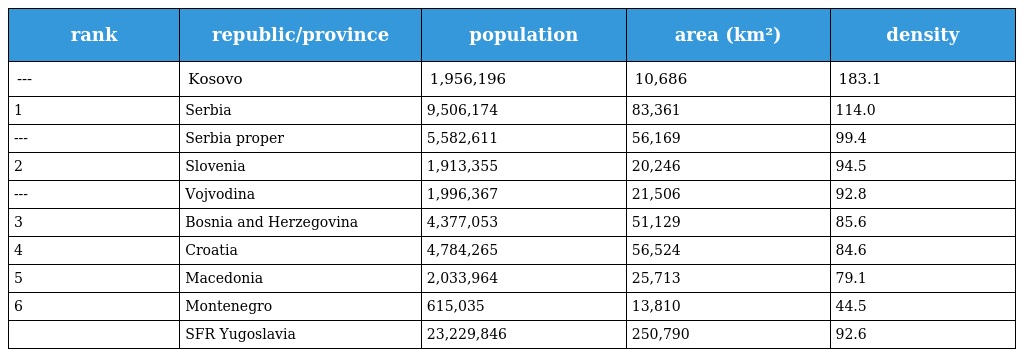
| rank | republic/province | population | area (km²) | density |
 | --- | --- | --- | --- | --- |
 | --- | Kosovo | 1,956,196 | 10,686 | 183.1 |
 | 1 | Serbia | 9,506,174 | 83,361 | 114.0 |
 | --- | Serbia proper | 5,582,611 | 56,169 | 99.4 |
 | 2 | Slovenia | 1,913,355 | 20,246 | 94.5 |
 | --- | Vojvodina | 1,996,367 | 21,506 | 92.8 |
 | 3 | Bosnia and Herzegovina | 4,377,053 | 51,129 | 85.6 |
 | 4 | Croatia | 4,784,265 | 56,524 | 84.6 |
 | 5 | Macedonia | 2,033,964 | 25,713 | 79.1 |
 | 6 | Montenegro | 615,035 | 13,810 | 44.5 |
 |  | SFR Yugoslavia | 23,229,846 | 250,790 | 92.6 |